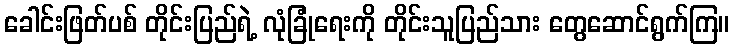
ခေါင်းဖြတ်ပစ် တိုင်းပြည်ရဲ့ လုံခြုံရေးကို တိုင်းသူပြည်သား တွေဆောင်ရွက်ကြ။